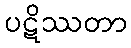
ပဋိဿတာ